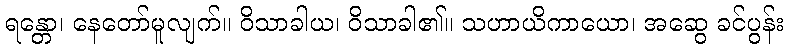
ရန္တော၊ နေတော်မူလျက်။ ဝိသာခါယ၊ ဝိသာခါ၏။ သဟာယိကာယော၊ အဆွေ ခင်ပွန်း